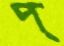
প্